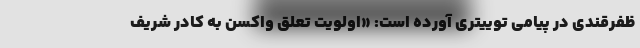
ظفرقندی در پیامی توییتری آورده است: «اولویت تعلق واکسن به کادر شریف